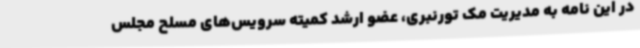
در این نامه به مدیریت مک تورنبری، عضو ارشد کمیته سرویس‌های مسلح مجلس